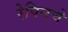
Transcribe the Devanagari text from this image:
रेपिनचे